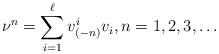
LaTeX: \begin{align*}\nu^n = \sum_{i=1}^\ell v^i_{(-n)}v_i, n=1,2,3,\dots\end{align*}